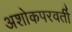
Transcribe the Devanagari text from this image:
अशोकपरवर्ती